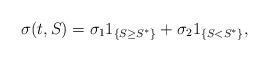
LaTeX: \begin{align*}\sigma(t, S)=\sigma_11_{\{S\geq S^*\}}+\sigma_21_{\{ S<S^*\}},\end{align*}